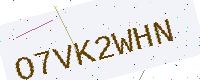
Text: O7VK2WHN